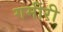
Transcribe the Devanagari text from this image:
गमीरी